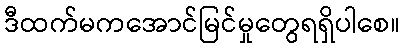
ဒီထက်မကအောင်မြင်မှုတွေရရှိပါစေ။